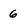
Character: 6